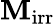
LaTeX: \mathbf{M}_{\mathrm{{{irr}}}}